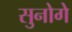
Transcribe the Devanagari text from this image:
सुनोगे